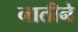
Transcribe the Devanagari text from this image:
नातीने